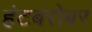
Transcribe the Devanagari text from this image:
हंटबरोबर